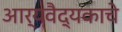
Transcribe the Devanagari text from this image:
आर्यवैद्यकाचे